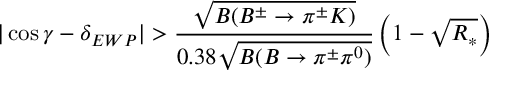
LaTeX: | \cos \gamma - \delta _ { E W P } | > \frac { \sqrt { B ( B ^ { \pm } \to \pi ^ { \pm } K ) } } { 0 . 3 8 \sqrt { B ( B \to \pi ^ { \pm } \pi ^ { 0 } ) } } \left( 1 - \sqrt { R _ { * } } \right)